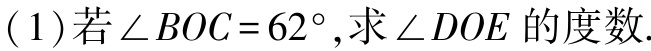
(1)若\(\angle BOC = 62^{\circ}\),求\(\angle DOE\)的度数.